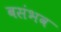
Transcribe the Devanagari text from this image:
बसंभव